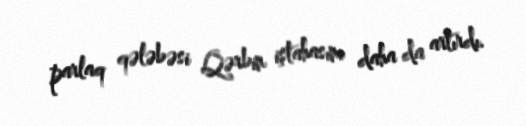
parlaq qələbəsi Qərbin iştahasını daha da artırdı.